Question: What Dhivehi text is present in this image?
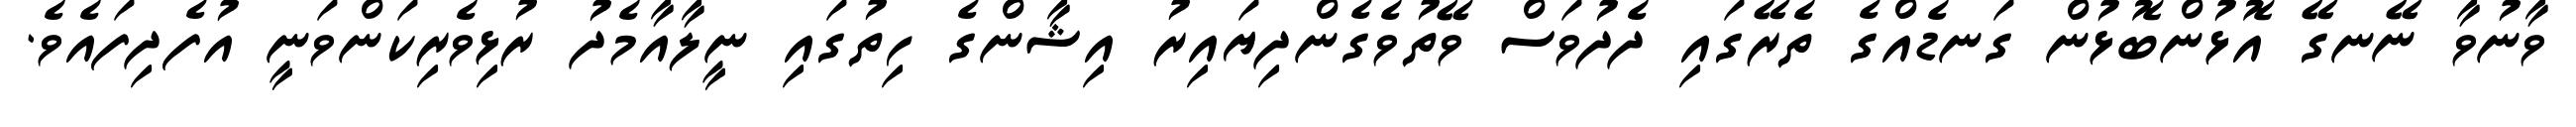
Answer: ވާނުވާ ނޭނގޭ އޮޅުންބޮޅުން ގަނޑެއްގެ ތެރޭގައި ދެދުވަސް ވޭތުވެގެންދިޔައިރު އިޝާންގެ ހިތުގައި ނީލާއާމެދު ރުޅިވެރިކަންވަނީ އުފެދިފައެވެ.